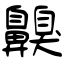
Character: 齅